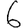
Digit: 6